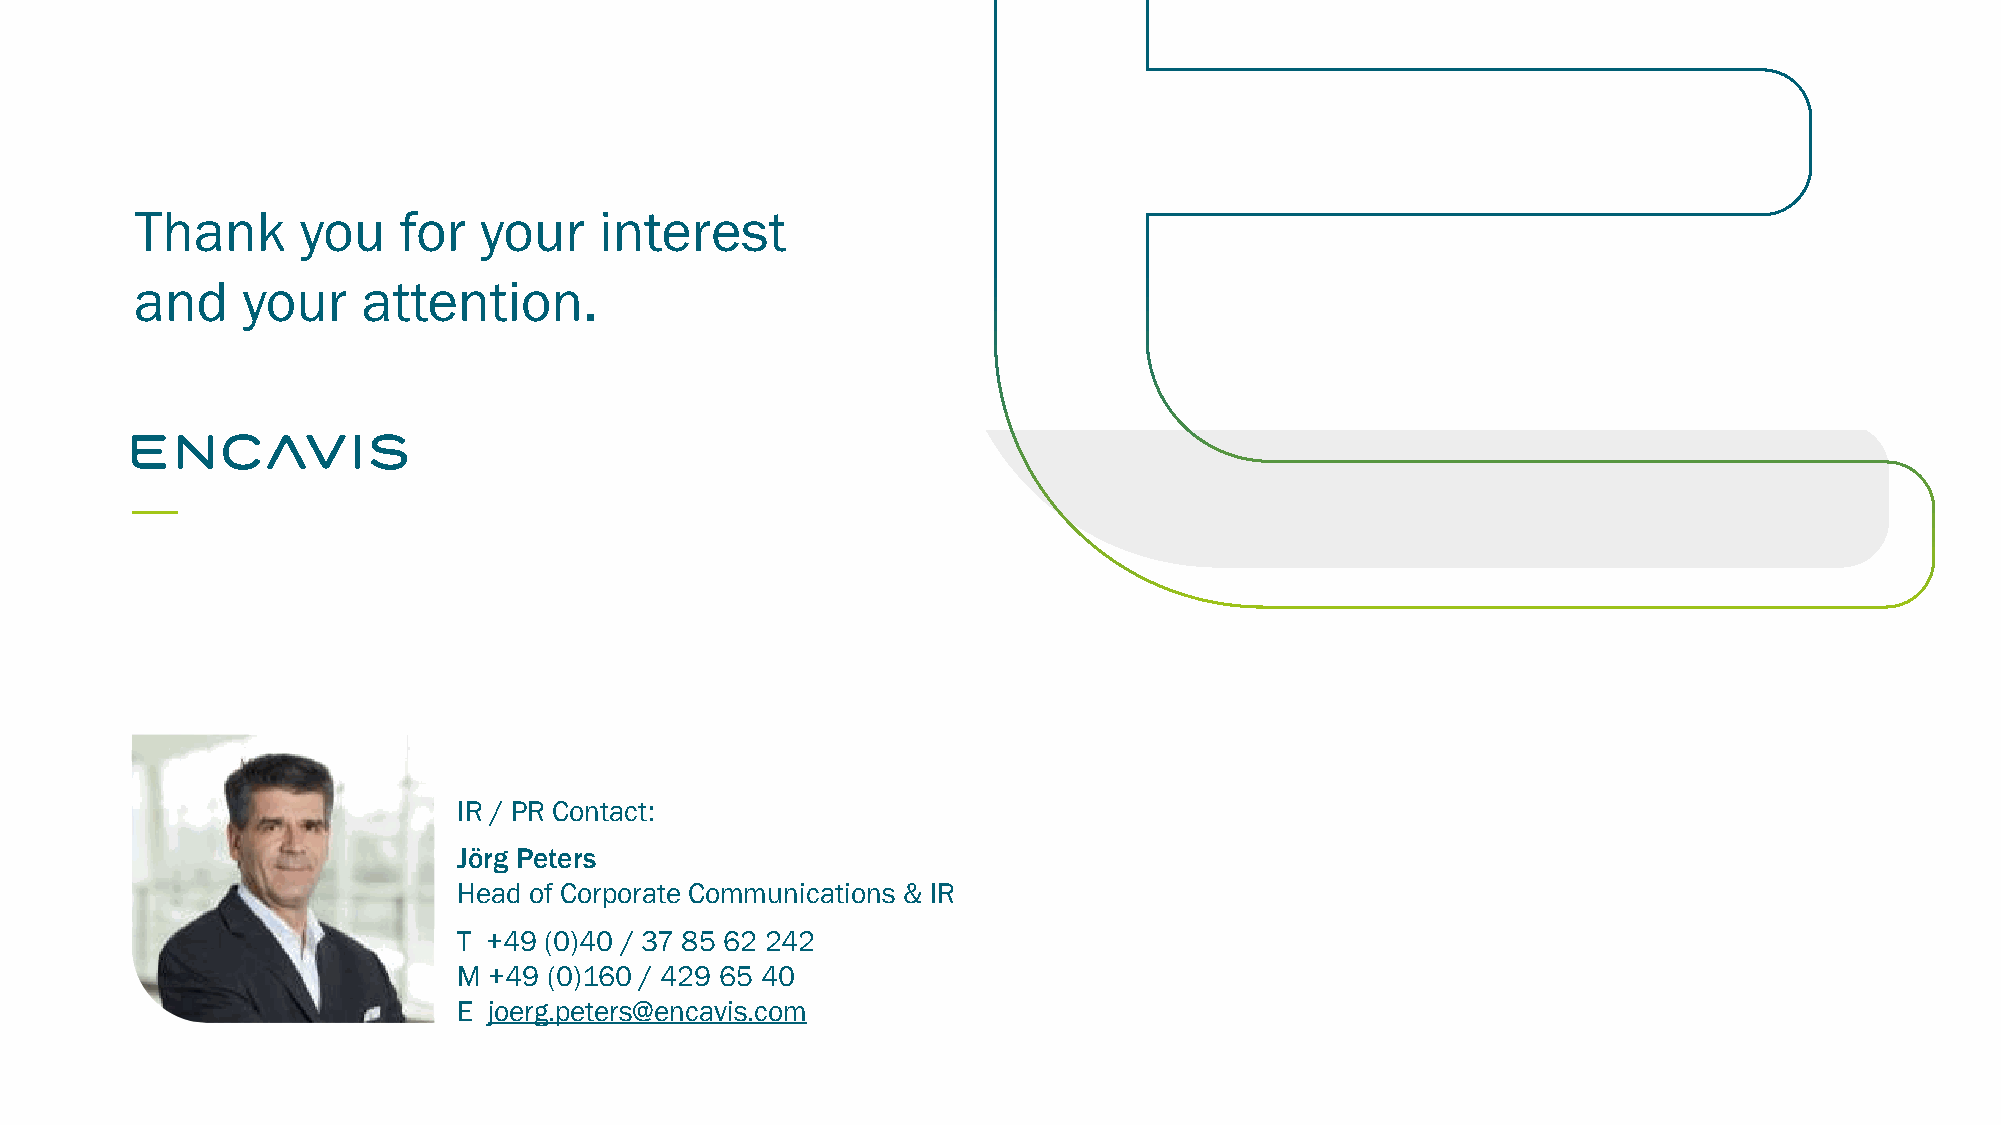
Thank      you   for   your    interest
 and    your    attention.
 IR / PR Contact:
 Jörg Peters
 Head of Corporate Communications & IR
 The information provided in this document has been derived from sources that we believe to be reliable. However, we cannot guarantee the accuracy or completeness of this information and we do
 not assume any responsibility for it. ETnc a+vi4sA9G (a0ss)4um0e s/ n 3o 7lia 8bil5ity 6fo2r a 2ny4 e2rrors or omissions or for any resulting financial losses. Investments in capital markets, inparticular in stock markets and
 futures markets, are fundamentally asMso c+ia4te9d w(0ith)1 ri6sk0s a/n d4 a2 c9om 6p5le te4 l0oss of the invested capital cannot be ruled out. Recommendations provided herein do not represent an offer to buy or sell
 and are not intended to replace comprehensive and thorough advice before making a decision to buy or sell. Copies of the contentof this presentation, in particular prints and copies or publications
 E joerg.peters@encavis.com
 in electronic media, will only be authorized by written consent from EncavisAG.
 EncavisAG| GroßeElbstraße59 | D –22767 Hamburg | Germany | www.encavis.com